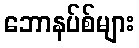
ဘောနပ်စ်များ